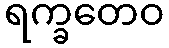
ရက္ခတေဝ